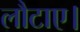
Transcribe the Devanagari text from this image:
लौटाए।